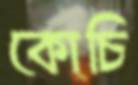
কোচি